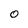
Character: 0